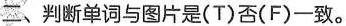
二、判断单词与图片是(T)否(F)一致